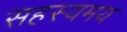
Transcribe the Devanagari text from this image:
सहस्यमय